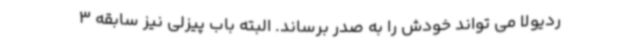
ردیولا می تواند خودش را به صدر برساند. البته باب پیزلی نیز سابقه 3